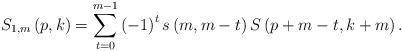
LaTeX: \begin{align*}S_{1,m}\left( p,k\right) =\sum_{t=0}^{m-1}\left( -1\right) ^{t}s\left(m,m-t\right) S\left( p+m-t,k+m\right) . \end{align*}